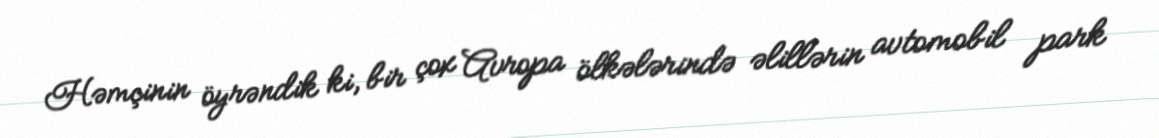
Həmçinin öyrəndik ki, bir çox Avropa ölkələrində əlillərin avtomobil park